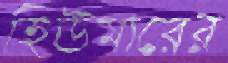
হিউমারের